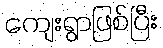
ကျေးရွာဖြစ်ပြီး